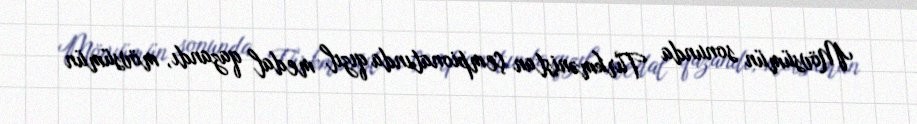
Mövsümün sonunda Türkmənistan çempionatında qızıl medal qazandı, mövsümün